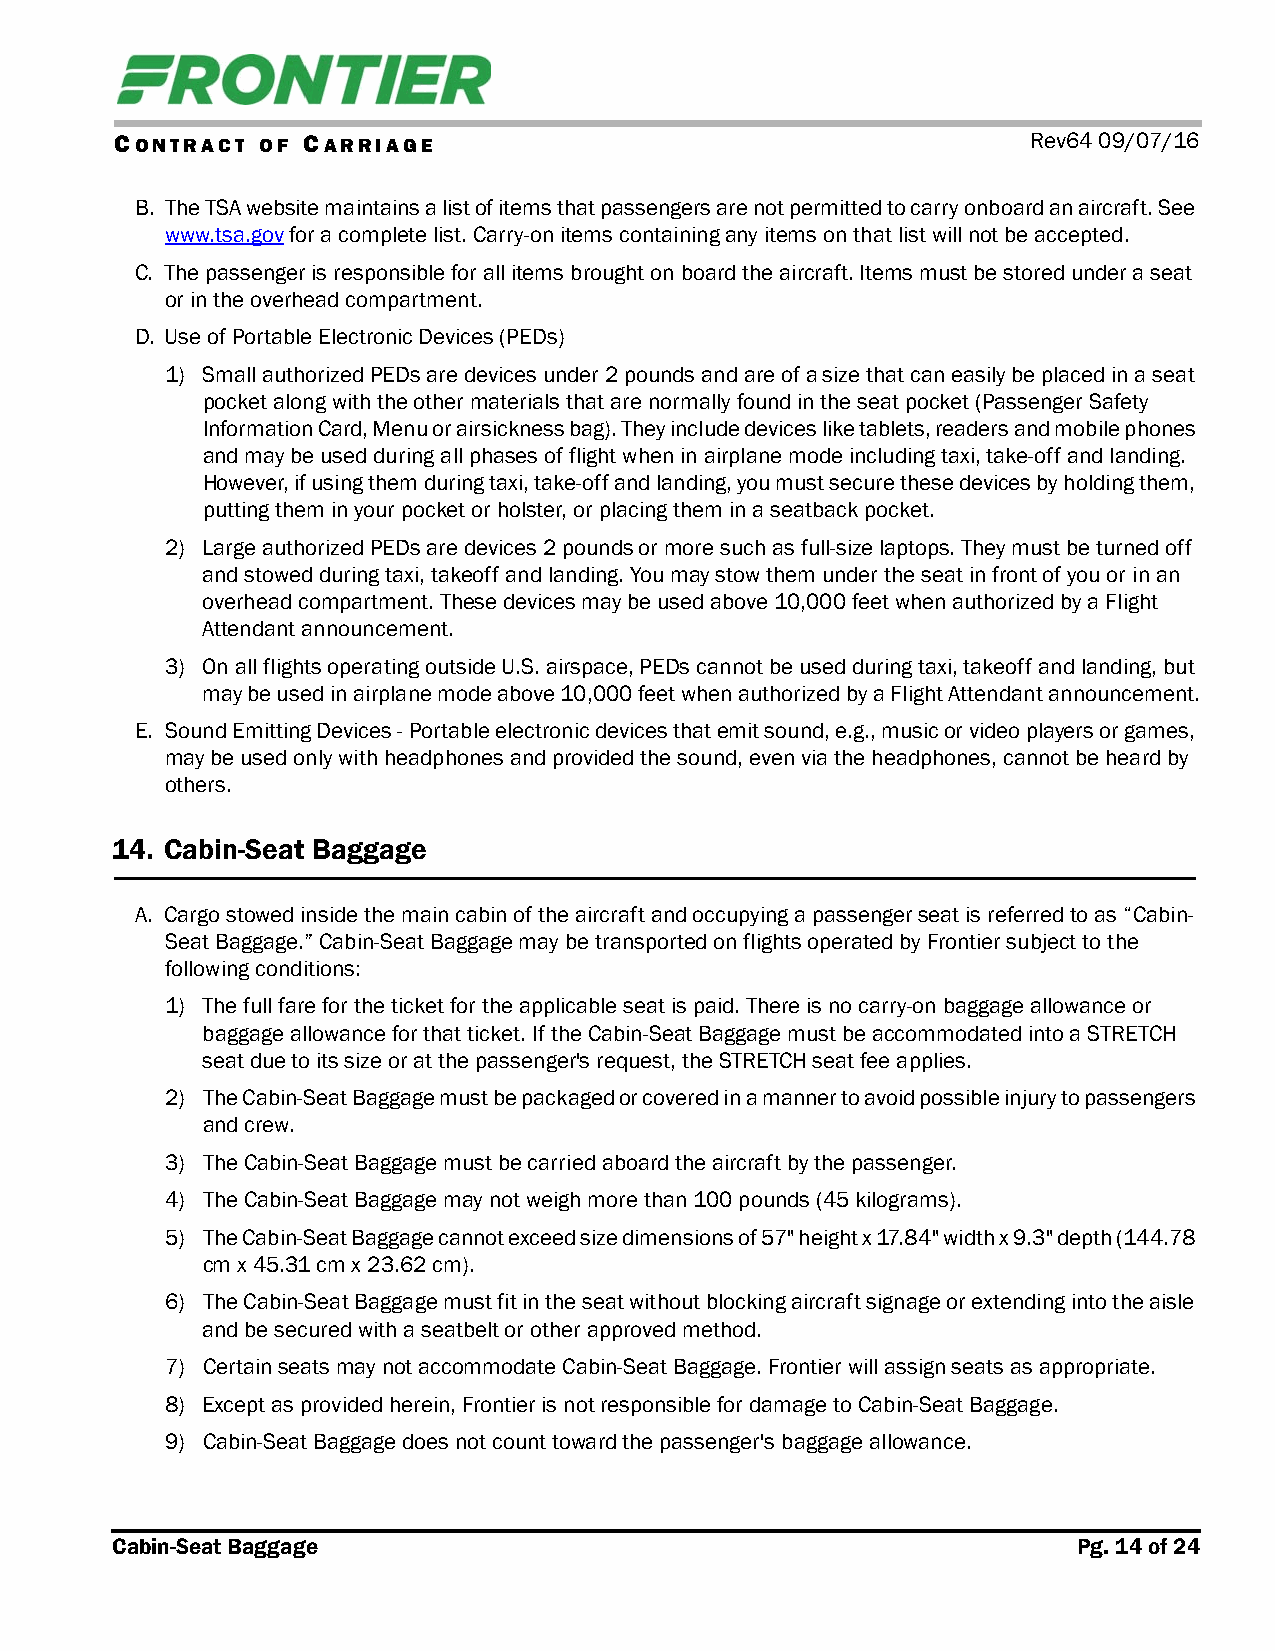
CONTRACT OF CARRIAGE                                        Rev64 09/07/16
 B. The TSA website maintains a list of items that passengers are not permitted to carry onboard an aircraft. See
 www.tsa.gov for a complete list. Carry-on items containing any items on that list will not be accepted.
 C. The passenger is responsible for all items brought on board the aircraft. Items must be stored under a seat
 or in the overhead compartment.
 D. Use of Portable Electronic Devices (PEDs)
 1) Small authorized PEDs are devices under 2 pounds and are of a size that can easily be placed in a seat
 pocket along with the other materials that are normally found in the seat pocket (Passenger Safety
 Information Card, Menu or airsickness bag). They include devices like tablets, readers and mobile phones
 and may be used during all phases of flight when in airplane mode including taxi, take-off and landing.
 However, if using them during taxi, take-off and landing, you must secure these devices by holding them,
 putting them in your pocket or holster, or placing them in a seatback pocket.
 2) Large authorized PEDs are devices 2 pounds or more such as full-size laptops. They must be turned off
 and stowed during taxi, takeoff and landing. You may stow them under the seat in front of you or in an
 overhead compartment. These devices may be used above 10,000 feet when authorized by a Flight
 Attendant announcement.
 3) On all flights operating outside U.S. airspace, PEDs cannot be used during taxi, takeoff and landing, but
 may be used in airplane mode above 10,000 feet when authorized by a Flight Attendant announcement.
 E. Sound Emitting Devices - Portable electronic devices that emit sound, e.g., music or video players or games,
 may be used only with headphones and provided the sound, even via the headphones, cannot be heard by
 others.
 14. Cabin-Seat Baggage
 A. Cargo stowed inside the main cabin of the aircraft and occupying a passenger seat is referred to as “Cabin-
 Seat Baggage.” Cabin-Seat Baggage may be transported on flights operated by Frontier subject to the
 following conditions:
 1) The full fare for the ticket for the applicable seat is paid. There is no carry-on baggage allowance or
 baggage allowance for that ticket. If the Cabin-Seat Baggage must be accommodated into a STRETCH
 seat due to its size or at the passenger's request, the STRETCH seat fee applies.
 2) The Cabin-Seat Baggage must be packaged or covered in a manner to avoid possible injury to passengers
 and crew.
 3) The Cabin-Seat Baggage must be carried aboard the aircraft by the passenger.
 4) The Cabin-Seat Baggage may not weigh more than 100 pounds (45 kilograms).
 5) The Cabin-Seat Baggage cannot exceed size dimensions of 57" height x 17.84" width x 9.3" depth (144.78
 cm x 45.31 cm x 23.62 cm).
 6) The Cabin-Seat Baggage must fit in the seat without blocking aircraft signage or extending into the aisle
 and be secured with a seatbelt or other approved method.
 7) Certain seats may not accommodate Cabin-Seat Baggage. Frontier will assign seats as appropriate.
 8) Except as provided herein, Frontier is not responsible for damage to Cabin-Seat Baggage.
 9) Cabin-Seat Baggage does not count toward the passenger's baggage allowance.
 Cabin-Seat Baggage                                              Pg. 14 of 24